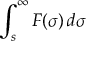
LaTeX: \int _ { s } ^ { \infty } F ( \sigma ) \, d \sigma